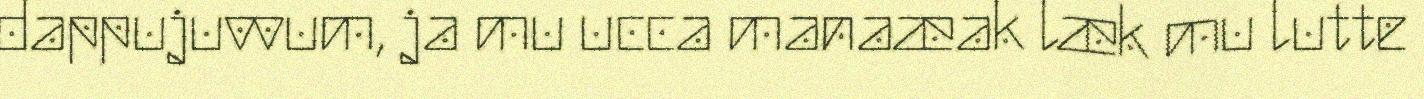
dappujuvvum, ja mu ucca manaæak læk mu lutte